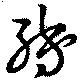
轉